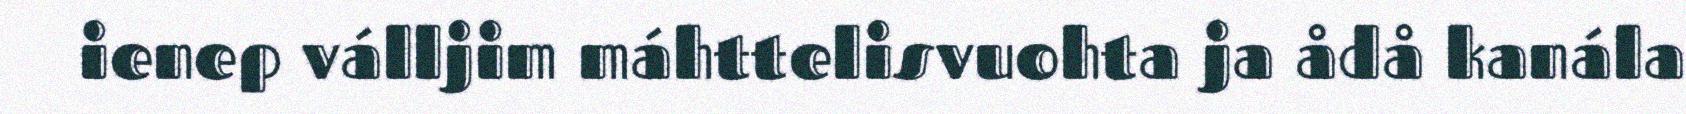
ienep válljim máhttelisvuohta ja ådå kanála